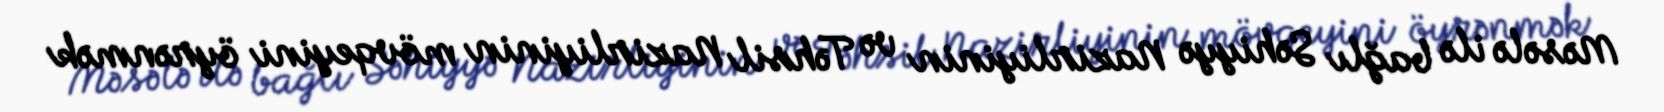
Məsələ ilə bağlı Səhiyyə Nazirliyinin və Təhsil Nazirliyinin mövqeyini öyrənmək